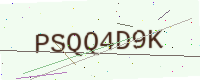
Text: PSQQ4D9K